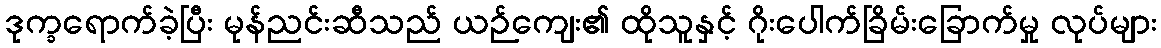
ဒုက္ခရောက်ခဲ့ပြီး မုန်ညင်းဆီသည် ယဉ်ကျေး၏ ထိုသူနှင့် ဂိုးပေါက်ခြိမ်းခြောက်မှု လုပ်များ